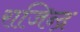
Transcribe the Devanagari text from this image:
राजिन्द्र